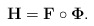
\begin{align*}\mathbf{H} = \mathbf{F} \circ \mathbf{\Phi}.\end{align*}